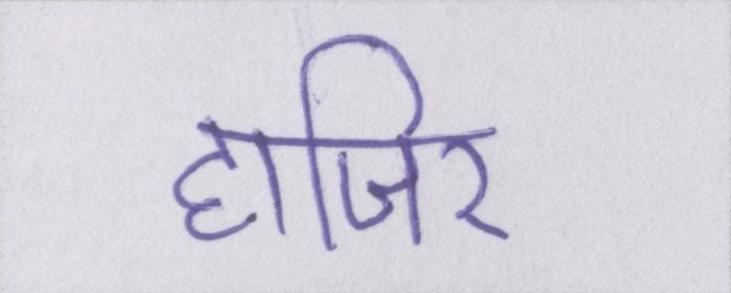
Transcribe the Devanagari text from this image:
हाजिर